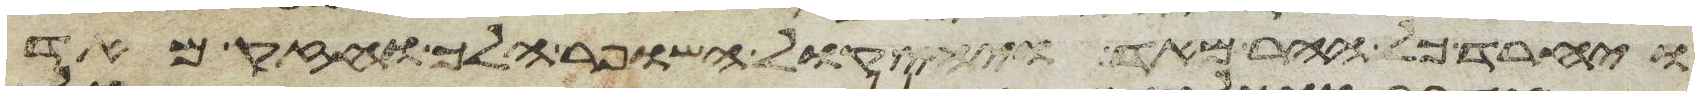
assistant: ויחרד כל ההר מאד ויהי קול השופר הלך וחזק מאד